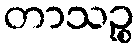
တာသဉ္စ